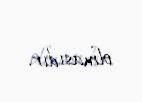
olmasıdır.